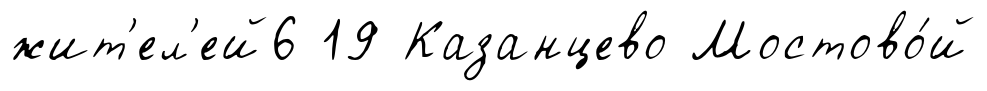
жит'ел'ей6 19 Казанцево Мостово́й